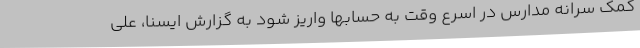
کمک سرانه مدارس در اسرع وقت به حسابها واریز شود به گزارش ایسنا، علی